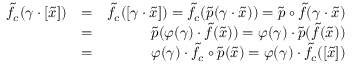
\begin{array} { r l r } { \widetilde { f } _ { c } ( \gamma \cdot [ \widetilde { x } ] ) } & { = } & { \widetilde { f } _ { c } ( [ \gamma \cdot \widetilde { x } ] ) = \widetilde { f } _ { c } ( \widetilde { p } ( \gamma \cdot \widetilde { x } ) ) = \widetilde { p } \circ \widetilde { f } ( \gamma \cdot \widetilde { x } ) } \\ & { = } & { \widetilde { p } ( \varphi ( \gamma ) \cdot \widetilde { f } ( \widetilde { x } ) ) = \varphi ( \gamma ) \cdot \widetilde { p } ( \widetilde { f } ( \widetilde { x } ) ) } \\ & { = } & { \varphi ( \gamma ) \cdot \widetilde { f } _ { c } \circ \widetilde { p } ( \widetilde { x } ) = \varphi ( \gamma ) \cdot \widetilde { f } _ { c } ( [ \widetilde { x } ] ) } \end{array}